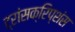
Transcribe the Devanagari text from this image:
ट्रांसक्रिप्शंस